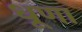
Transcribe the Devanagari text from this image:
धूणा